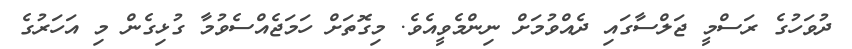
ދުވަހުގެ ރަސްމީ ޖަލްސާގައި ދެއްވުމަށް ނިންމެވީއެވެ. މިގޮތަށް ހަމަޖެއްސެވުމާ ގުޅިގެން މި އަހަރުގެ